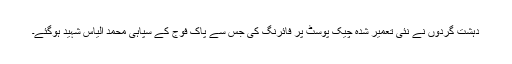
دہشت گردوں نے نئی تعمیر شدہ چیک پوسٹ پر فائرنگ کی جس سے پاک فوج کے سپاہی محمد الیاس شہید ہوگئے۔